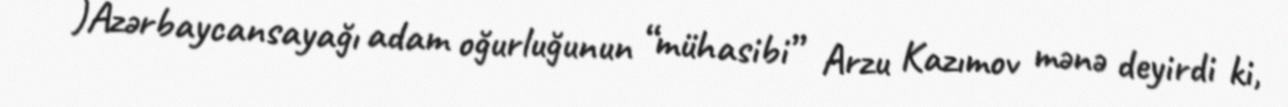
)Azərbaycansayağı adam oğurluğunun “mühasibi” Arzu Kazımov mənə deyirdi ki,